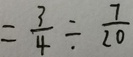
= \frac { 3 } { 4 } \div \frac { 7 } { 2 0 }